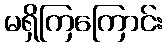
မရှိကြကြောင်း